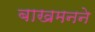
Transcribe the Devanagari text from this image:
बाखमनने